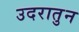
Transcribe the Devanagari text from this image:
उदरातुन